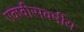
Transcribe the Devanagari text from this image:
एकवीसवर्षीय